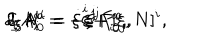
LaTeX: \delta _ { \xi } A _ { i } ^ { a } = - \xi ^ { j } F _ { i j } ^ { a } , \hspace { 7 m m } \delta _ { \xi } A _ { 0 } ^ { a } = - \xi ^ { j } F _ { 0 j } ^ { a } , \hspace { 7 m m } \delta _ { \xi } N ^ { i } = \dot { \xi } ^ { i } + [ \xi , N ] ^ { i } ,